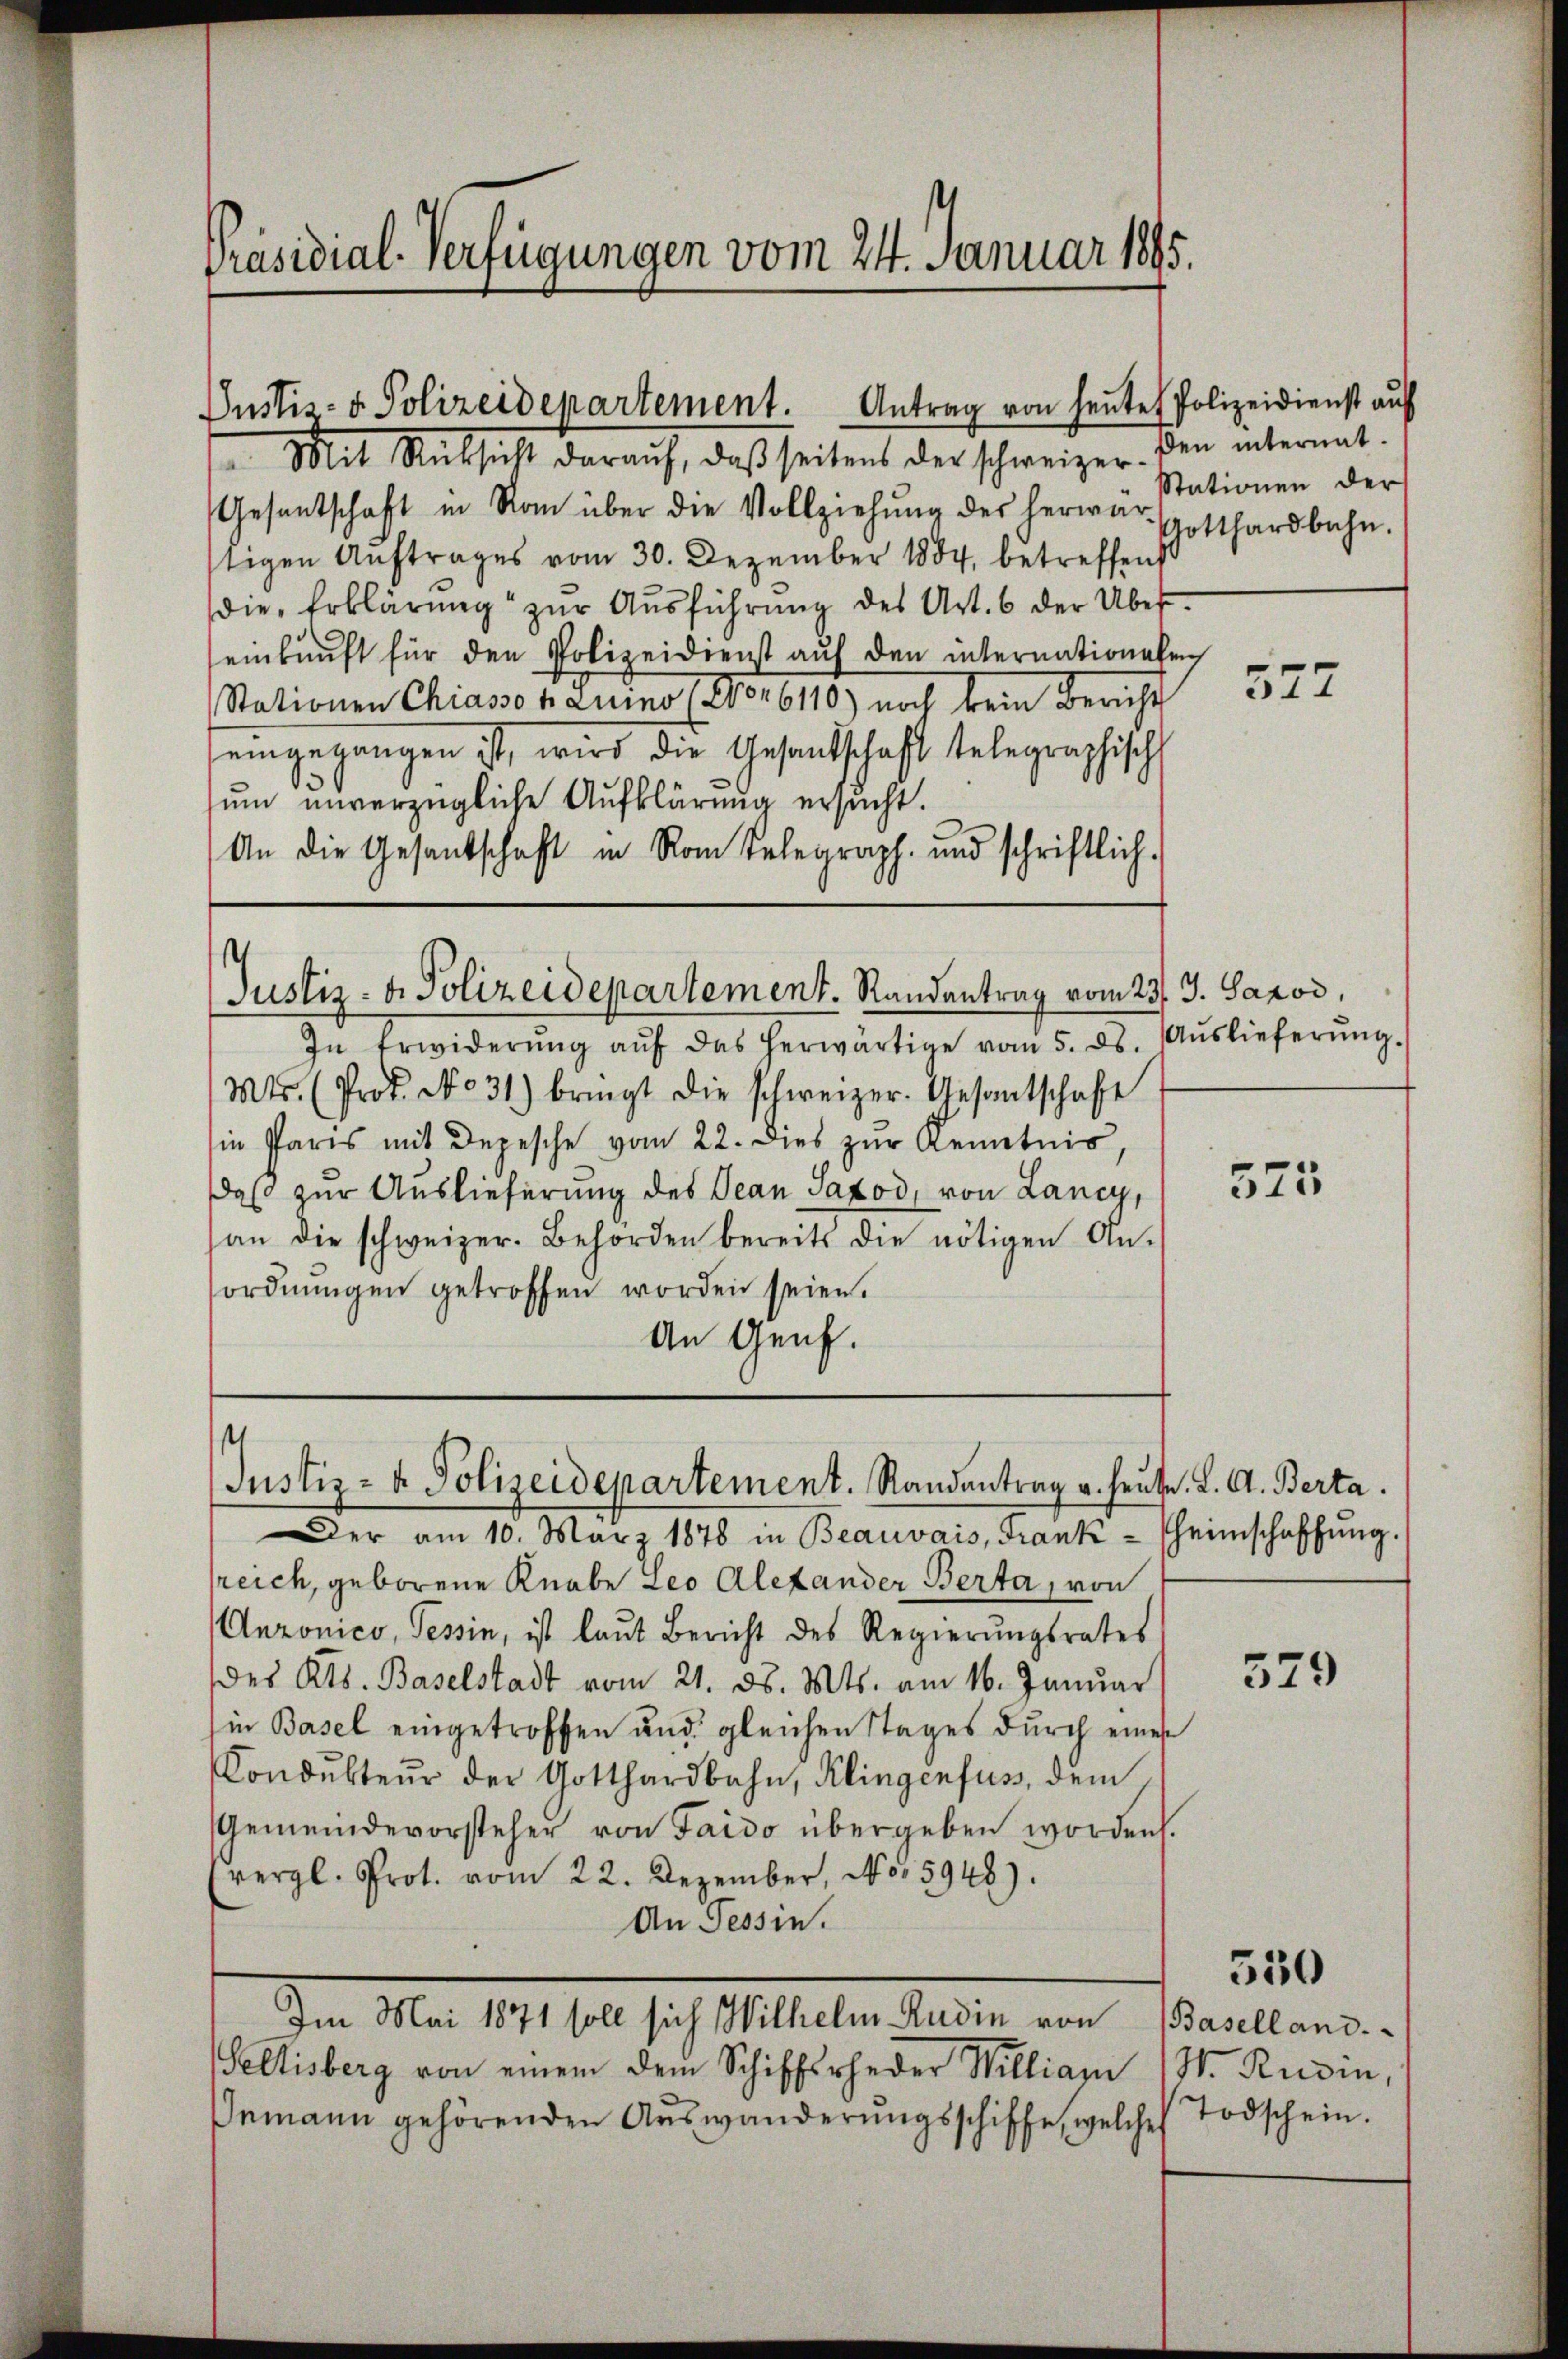
Präsidial-Verfügungen vom 24. Januar 1895.

Oustiz- & Polizeidepartement. Antrag von heutet

Mit Rücksicht daraŭf, daβ seitens der schweizer. Den internat-
Gesantschaft in Rom über die Vollziehung des herwärstigen Auftrages vom 30. Dezember 1884 betreffend
die Erklärŭng zŭr Aŭsführŭng des Art. 6 der Über-
einkunft für den Polizeidienst aŭf den internationalen
Stationen Chiasso bauino vor 6110) noch kein Bericht
eingegangen ist, wird die Gesandtschaft telegraphisch
sum unverzügliche Aufklärung ersucht.
An die Gesantschaft in Rom Telegraph. und schriftlich-

In Erwiderŭng aŭf das herwärtige vom 5. ds. Aŭslieferŭng.
Mts. (Prof. No 31) bringt die schweizer. Gesantschaft
in Paris mit Depesche vom 22. dies zŭr Kenntnis,
daß zur Auslieferung des Jean Saxod, von Lancy,
an die schweizer. Behörden bereits die nötigen An-
ordnŭngen getroffen worden seien.
An Genf.

Justiz- & Polizeidepartement. Randantrag vom 23. J. Saxod,

¬
Justiz- & Polizeidepartement. Randantrag u. heute. L. A. Berta.

Der am 10. März 1878 in Beauvais, Frank- heimschaffŭng.
sreich, geborene Knabe Leo Alexander Berta, von
Anzonico, Tessin, ist laut Bericht des Regierŭngsrates
des Kts. Baselstadt vom 21. ds. Mts. am 16. Januar
in Basel eingetroffen und gleichen Stages durch eines
Condŭkteŭr der Gotthardbahn, Klingenfus, dem
Gemeindevorsteher von Taido übergeben worden.
vergl. Prot. vom 22. Dezember, No. 5948).
An Tessin.
Im Mai 1871 soll sich Wilhelm Rudin von Baselland.
Pellisberg von einem dem Schiffsrheder Williani (W. Rusin,
Jemann gehörenden Auswanderŭngsschiffe, welche

Polizeidienst auf
Stationen der
Gotthardbahn.

577

575

529

550

Todschein.